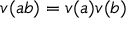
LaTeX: v ( a b ) = v ( a ) v ( b )